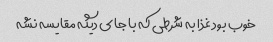
خوب بود غذا به شرطی که با جای دیگه مقایسه نشه